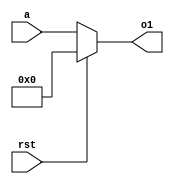
`timescale 1ns / 1ps
//////////////////////////////////////////////////////////////////////////////////
// Company: 
// Engineer: 
// 
// Design Name: 
// Module Name:    dct8 
// Project Name: 
// Target Devices: 
// Tool versions: 
// Description: 
//
// Dependencies: 
//
// Revision: 
// Revision 0.01 - File Created
// Additional Comments: 
//
//////////////////////////////////////////////////////////////////////////////////
module dct8(
input [7:0] a,
input rst,
output reg [7:0] o1 
);
always@(a,rst)
begin
  if(rst)
  begin 
   o1<=0;
	end
else 
  begin
   o1<=a;
end
end
endmodule